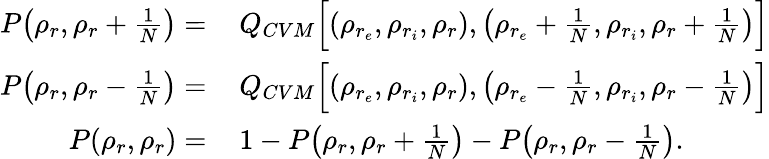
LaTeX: \begin{array}{rl}{P\big(\rho_{r},\rho_{r}+\frac{1}{N}\big)=}&{{}\, Q_{CVM}\Big[(\rho_{r_{e}},\rho_{r_{i}},\rho_{r}),\big(\rho_{r_{e}}+\frac{1}{N},\rho_{r_{i}},\rho_{r}+\frac{1}{N}\big)\Big]}\\ {P\big(\rho_{r},\rho_{r}-\frac{1}{N}\big)=}&{{}\, Q_{CVM}\Big[(\rho_{r_{e}},\rho_{r_{i}},\rho_{r}),\big(\rho_{r_{e}}-\frac{1}{N},\rho_{r_{i}},\rho_{r}-\frac{1}{N}\big)\Big]}\\ {P(\rho_{r},\rho_{r})=}&{{}\, 1-P\big(\rho_{r},\rho_{r}+\frac{1}{N}\big)-P\big(\rho_{r},\rho_{r}-\frac{1}{N}\big).}\end{array}